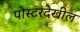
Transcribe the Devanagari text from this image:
पोस्टरदेखील